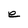
Character: e